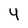
Character: 4